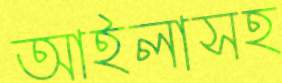
আইলাসহ